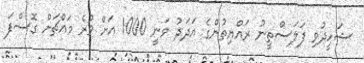
ޝަހީދުވި ފަލަސްތީނު ރައްޔިތުންގެ އަދަދު ވަނީ 1000 އަށް ވުރެ މައްޗަށް ގޮސްފަ